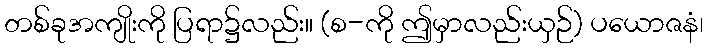
တစ်ခုအကျိုးကို ပြရာ၌လည်း။ (စ-ကို ဤမှာလည်းယှဉ်) ပယောဇနံ၊